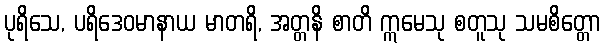
ပုရိသေ, ပရိဒေဝမာနာယ မာတရိ, အတ္တနိ စာတိ ဣမေသု စတူသု သမစိတ္တော